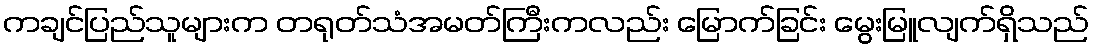
ကချင်ပြည်သူများက တရုတ်သံအမတ်ကြီးကလည်း မြောက်ခြင်း မွေးမြူလျက်ရှိသည်